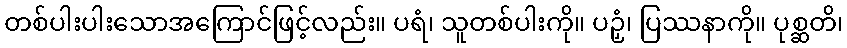
တစ်ပါးပါးသောအကြောင်ဖြင့်လည်း။ ပရံ၊ သူတစ်ပါးကို။ ပဉှံ၊ ပြဿနာကို။ ပုစ္ဆတိ၊